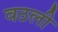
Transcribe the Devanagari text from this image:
वठली